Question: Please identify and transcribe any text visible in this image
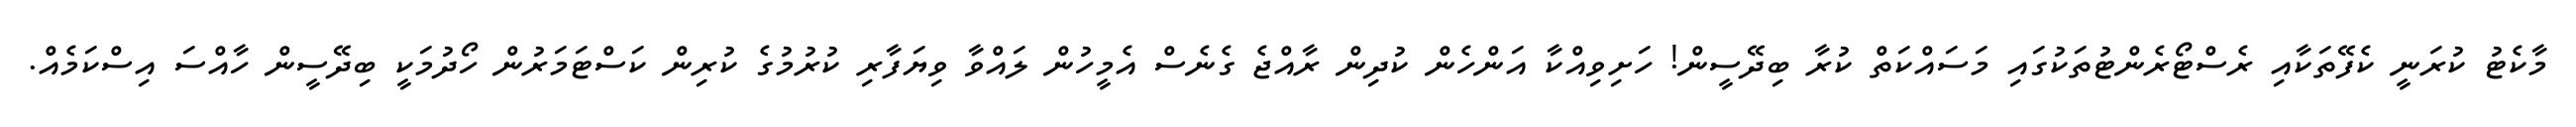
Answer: މާކެޓު ކުރަނީ ކެފޭތަކާއި ރެސްޓޯރެންޓުތަކުގައި މަސައްކަތް ކުރާ ބިދޭސީން! ހަށިވިއްކާ އަންހެން ކުދިން ރާއްޖެ ގެނެސް އެމީހުން ލައްވާ ވިޔަފާރި ކުރުމުގެ ކުރިން ކަސްޓަމަރުން ހޯދުމަކީ ބިދޭސީން ހާއްސަ އިސްކަމެއް.